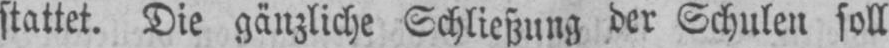
stattet. Die gänzliche Schließung der Schulen soll